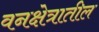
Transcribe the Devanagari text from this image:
वनक्षेत्रातील